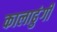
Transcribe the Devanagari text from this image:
कालाढुंगी